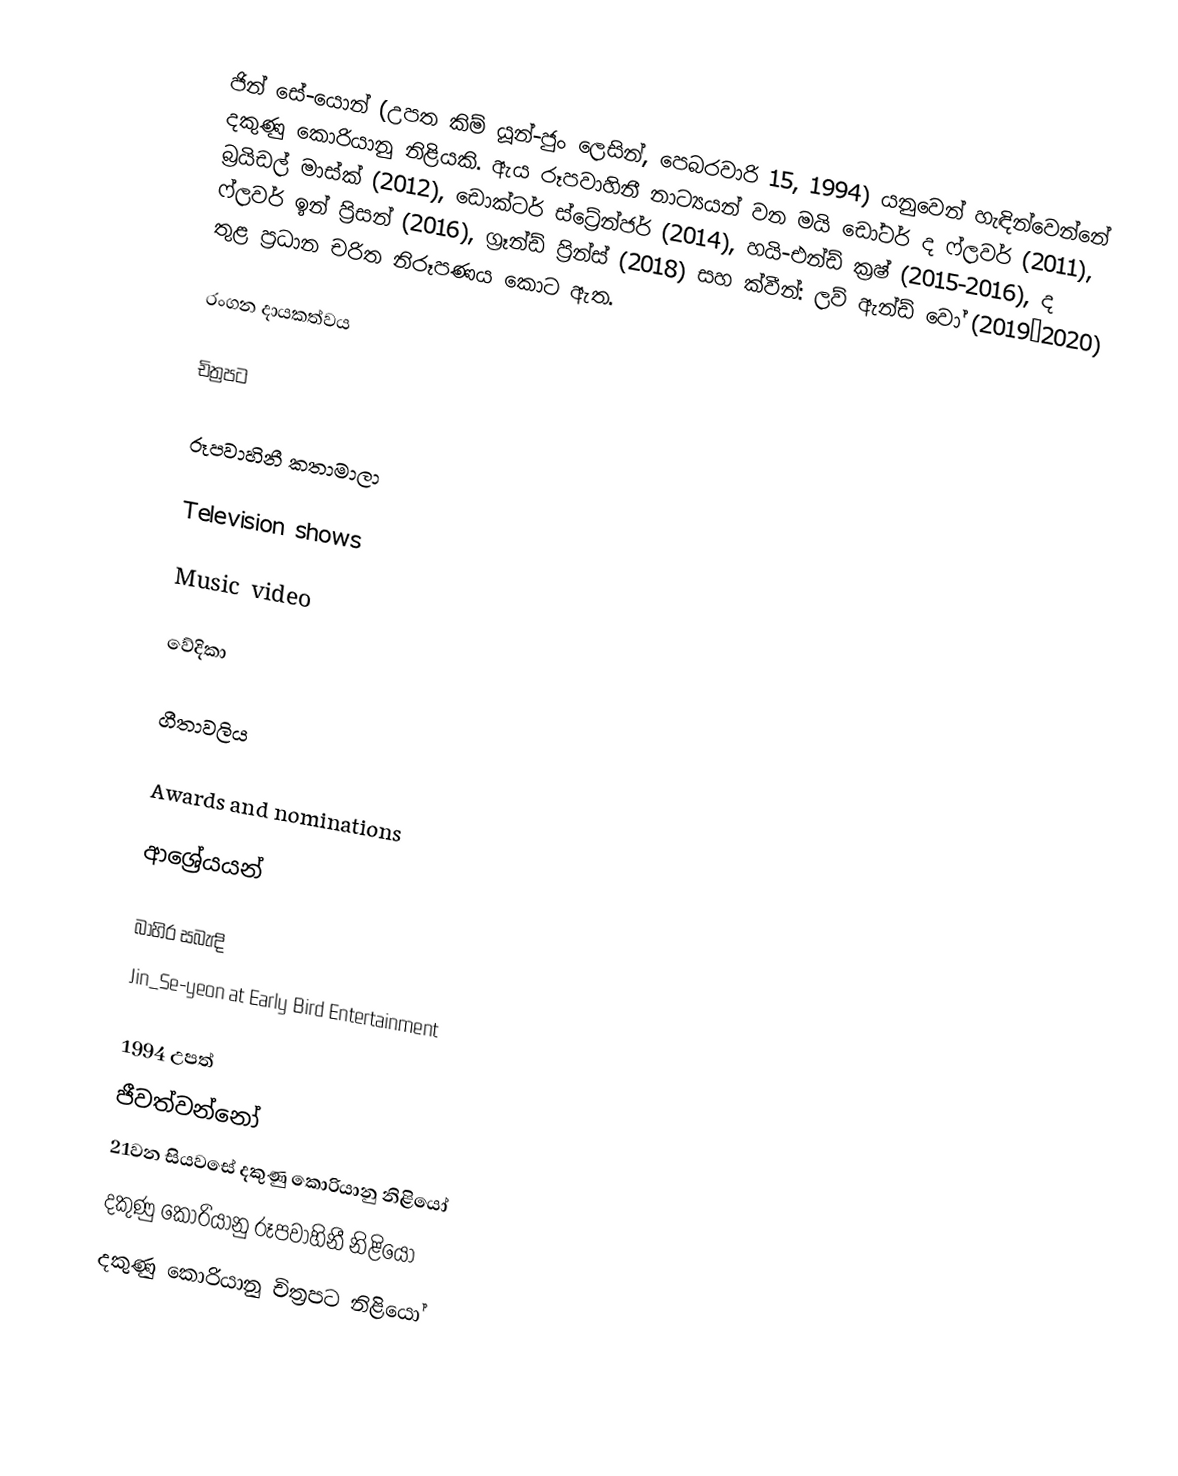
ජින් සේ-යොන් (උපත කිම් යූන්-ජුං ලෙසින්, පෙබරවාරි 15, 1994) යනුවෙන් හැඳින්වෙන්නේ දකුණු කොරියානු නිළියකි. ඇය රූපවාහිනී නාට්‍යයන් වන මයි ඩෝටර් ද ෆ්ලවර් (2011), බ්‍රයිඩල් මාස්ක් (2012), ඩොක්ටර් ස්ට්‍රේන්ජර් (2014), හයි-එන්ඩ් ක්‍රෂ් (2015-2016),  ද ෆ්ලවර් ඉන් ප්‍රිසන් (2016), ග්‍රෑන්ඩ් ප්‍රින්ස් (2018) සහ ක්වීන්: ලව් ඇන්ඩ් වෝ (2019–2020) තුළ ප්‍රධාන චරිත නිරූපණය කොට ඇත.

රංගන දායකත්වය

චිත්‍රපට

රූපවාහිනී කතාමාලා

Television shows

Music video

වේදිකා

ගීතාවලිය

Awards and nominations

ආශ්‍රේයයන්

බාහිර සබැඳි
 Jin_Se-yeon at Early Bird Entertainment

1994 උපත්
ජීවත්වන්නෝ
21වන සියවසේ දකුණු කොරියානු නිළියෝ
දකුණු කොරියානු රූපවාහිනී නිළියෝ
දකුණු කොරියානු චිත්‍රපට නිළියෝ